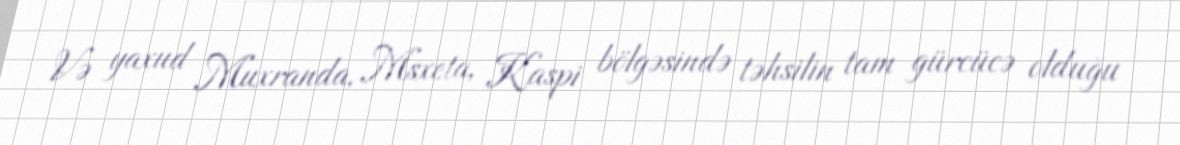
Və yaxud Muxranda, Msxeta, Kaspi bölgəsində təhsilin tam gürcücə olduğu